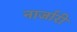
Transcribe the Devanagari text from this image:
नार्जारी